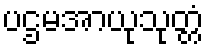
ပဌမအာယုသုတ္တံ